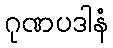
ဂုဏပဒါနံ